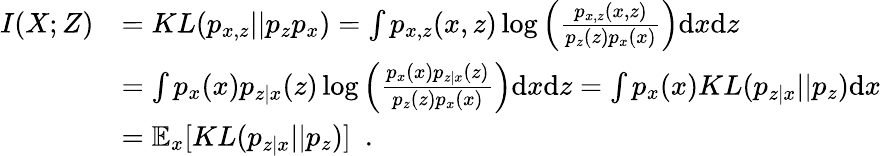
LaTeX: \begin{array}{rl}{I({X};{Z})}&{=KL(p_{x,z}||p_{z}p_{x})=\int p_{x,z}(x,z)\log\left(\frac{p_{x,z}(x,z)}{p_{z}(z)p_{x}(x)}\right)\mathrm{d}x\mathrm{d}z}\\ &{=\int p_{x}(x)p_{z|x}(z)\log\left(\frac{p_{x}(x)p_{z|x}(z)}{p_{z}(z)p_{x}(x)}\right)\mathrm{d}x\mathrm{d}z=\int p_{x}(x)KL(p_{z|x}||p_{z})\mathrm{d}x}\\ &{=\mathbb{E}_{x}[KL(p_{z|x}||p_{z})]\enspace.}\end{array}